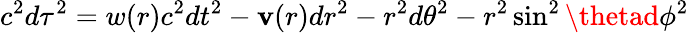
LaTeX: c^{2}d\tau^{2}=w(r)c^{2}dt^{2}-\mathbf{v}(r)dr^{2}-r^{2}d\theta^{2}-r^{2}\sin^{2}\thetad\phi^{2}